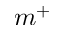
m ^ { + }